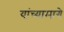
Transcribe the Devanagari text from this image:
यांच्यामागे